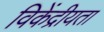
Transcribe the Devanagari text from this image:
विकेंद्रीयता